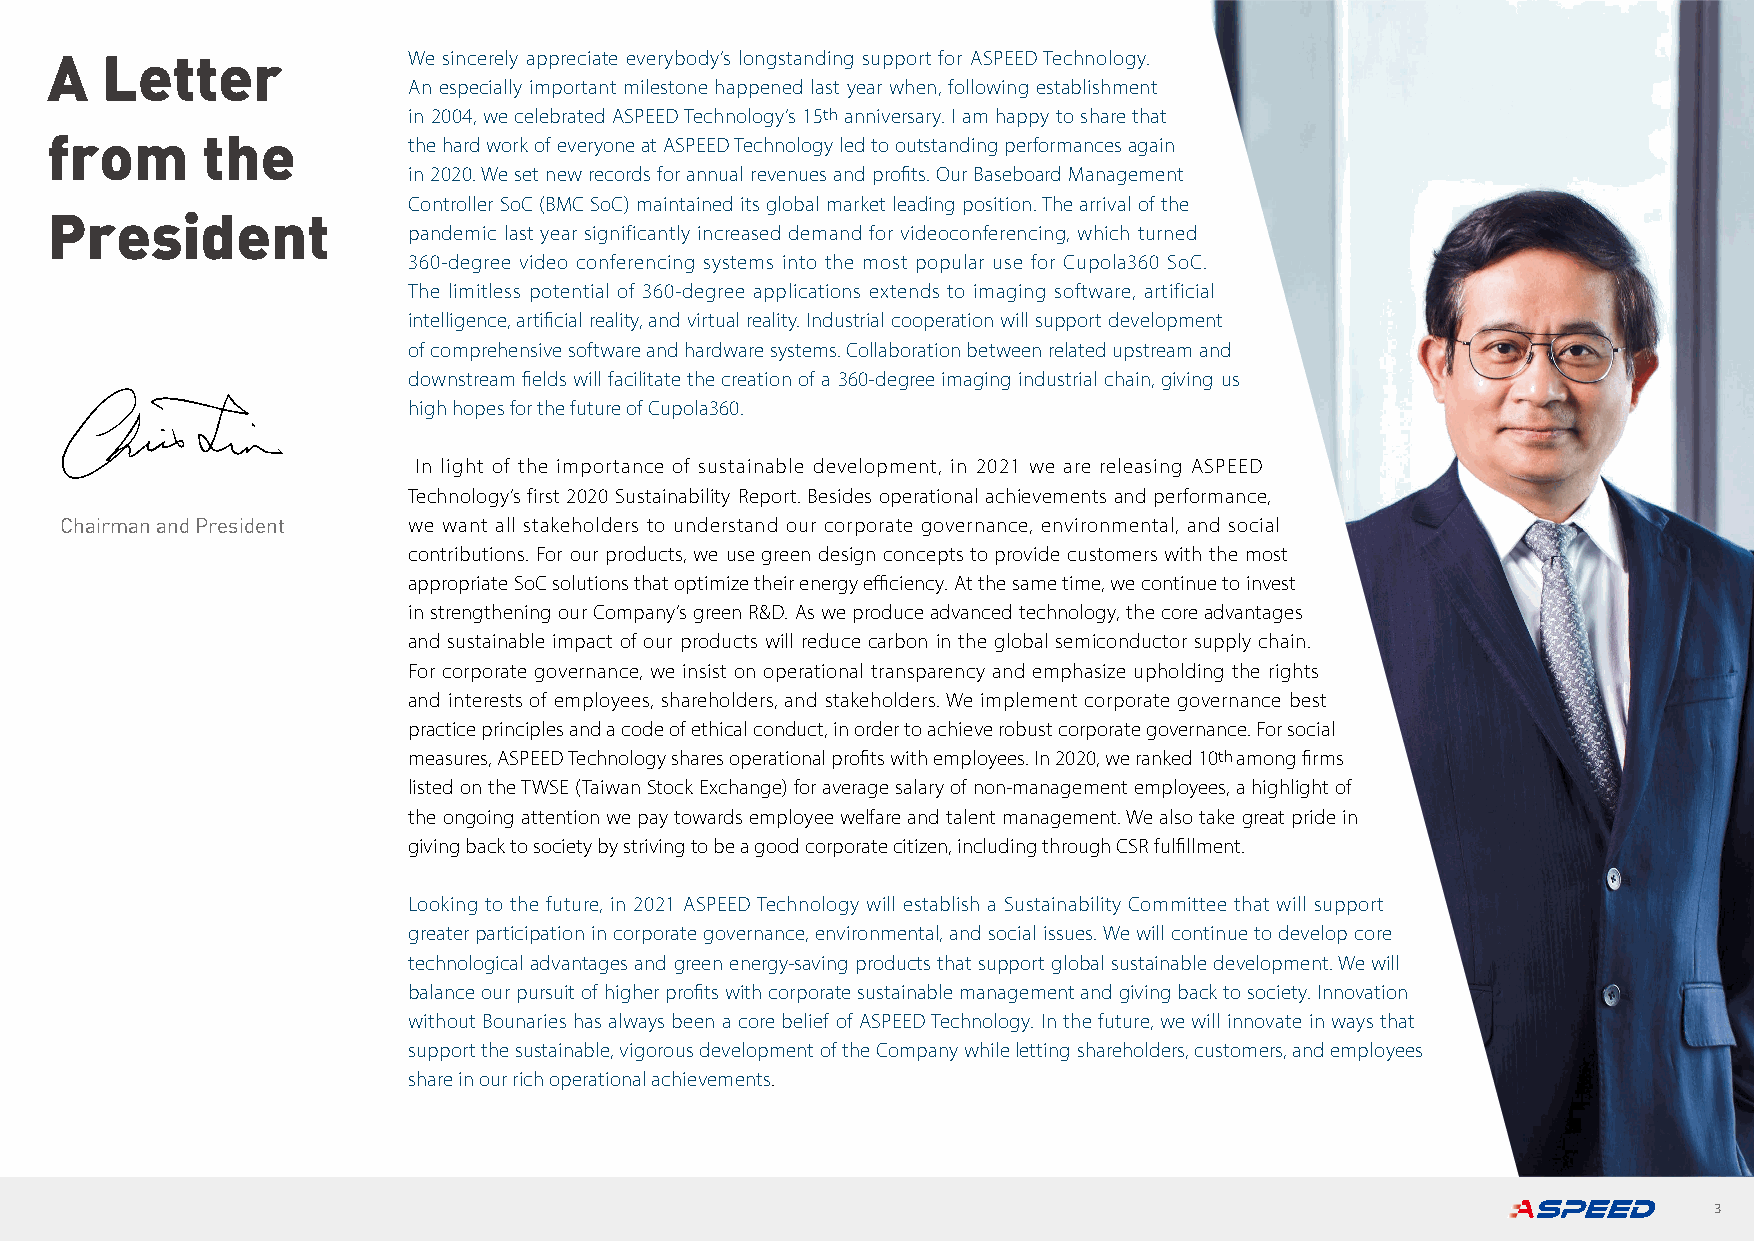
A   Letter              We sincerely appreciate everybody’s longstanding support for ASPEED Technology.
 An especially important milestone happened last year when, following establishment
 in 2004, we celebrated ASPEED Technology’s 15th anniversary. I am happy to share that
 from      the
 the hard work of everyone at ASPEED Technology led to outstanding performances again
 in 2020. We set new records for annual revenues and profits. Our Baseboard Management
 Controller SoC (BMC SoC) maintained its global market leading position. The arrival of the
 President
 pandemic last year significantly increased demand for videoconferencing, which turned
 360-degree video conferencing systems into the most popular use for Cupola360 SoC.
 The limitless potential of 360-degree applications extends to imaging software, artificial
 intelligence, artificial reality, and virtual reality. Industrial cooperation will support development
 of comprehensive software and hardware systems. Collaboration between related upstream and
 downstream fields will facilitate the creation of a 360-degree imaging industrial chain, giving us
 high hopes for the future of Cupola360.
 In light of the importance of sustainable development, in 2021 we are releasing ASPEED
 Technology’s first 2020 Sustainability Report. Besides operational achievements and performance,
 Chairman and President we want all stakeholders to understand our corporate governance, environmental, and social
 contributions. For our products, we use green design concepts to provide customers with the most
 appropriate SoC solutions that optimize their energy efficiency. At the same time, we continue to invest
 in strengthening our Company’s green R&D. As we produce advanced technology, the core advantages
 and sustainable impact of our products will reduce carbon in the global semiconductor supply chain.
 For corporate governance, we insist on operational transparency and emphasize upholding the rights
 and interests of employees, shareholders, and stakeholders. We implement corporate governance best
 practice principles and a code of ethical conduct, in order to achieve robust corporate governance. For social
 measures, ASPEED Technology shares operational profits with employees. In 2020, we ranked 10th among firms
 listed on the TWSE (Taiwan Stock Exchange) for average salary of non-management employees, a highlight of
 the ongoing attention we pay towards employee welfare and talent management. We also take great pride in
 giving back to society by striving to be a good corporate citizen, including through CSR fulfillment.
 Looking to the future, in 2021 ASPEED Technology will establish a Sustainability Committee that will support
 greater participation in corporate governance, environmental, and social issues. We will continue to develop core
 technological advantages and green energy-saving products that support global sustainable development. We will
 balance our pursuit of higher profits with corporate sustainable management and giving back to society. Innovation
 without Bounaries has always been a core belief of ASPEED Technology. In the future, we will innovate in ways that
 support the sustainable, vigorous development of the Company while letting shareholders, customers, and employees
 share in our rich operational achievements.
 3